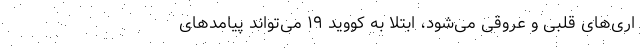
اری‌های قلبی و عروقی می‌شود، ابتلا به کووید ۱۹ می‌تواند پیامدهای